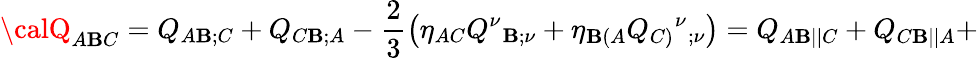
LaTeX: {\calQ}_{A\mathbf{B}C}=Q_{A\mathbf{B};C}+Q_{C\mathbf{B};A}-\frac{2}{3}\left(\eta_{AC}Q^{\nu}{_{\mathbf{B};\nu}}+\eta_{\mathbf{B}(A}Q_{C)}{^\nu}{_{;\nu}}\right)={Q}_{A\mathbf{B}||C}+{Q}_{C\mathbf{B}||A}+